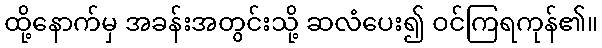
ထို့နောက်မှ အခန်းအတွင်းသို့ ဆလံပေး၍ ဝင်ကြရကုန်၏။